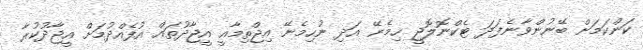
ކަންކަމަށް ބޭނުންވާނެފަދަ ޓެކްނޮލޮޖީ ހިމެނޭ އަދި ނުހިމެނޭ އިޖްތިމާއީ އީޖާދުތައް އުފެއްދުމަށް އީޖާދުކުރާ